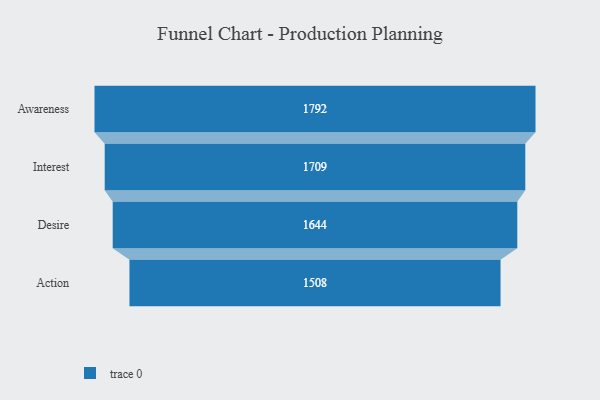
{"axis": {"x": "Stage", "y": "Value"}, "legend": [""], "data": [{"x": "Awareness", "y": 1792.0, "type": ""}, {"x": "Interest", "y": 1709.0, "type": ""}, {"x": "Desire", "y": 1644.0, "type": ""}, {"x": "Action", "y": 1508.0, "type": ""}]}